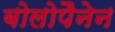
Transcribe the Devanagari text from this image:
बोलोपैनेन